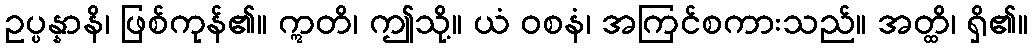
ဥပ္ပန္နာနိ၊ ဖြစ်ကုန်၏။ ဣတိ၊ ဤသို့။ ယံ ဝစနံ၊ အကြင်စကားသည်။ အတ္ထိ၊ ရှိ၏။